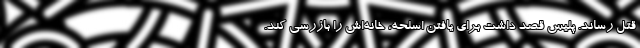
قتل رساند. پلیس قصد داشت برای یافتن اسلحه، خانه‌اش را بازرسی کند.